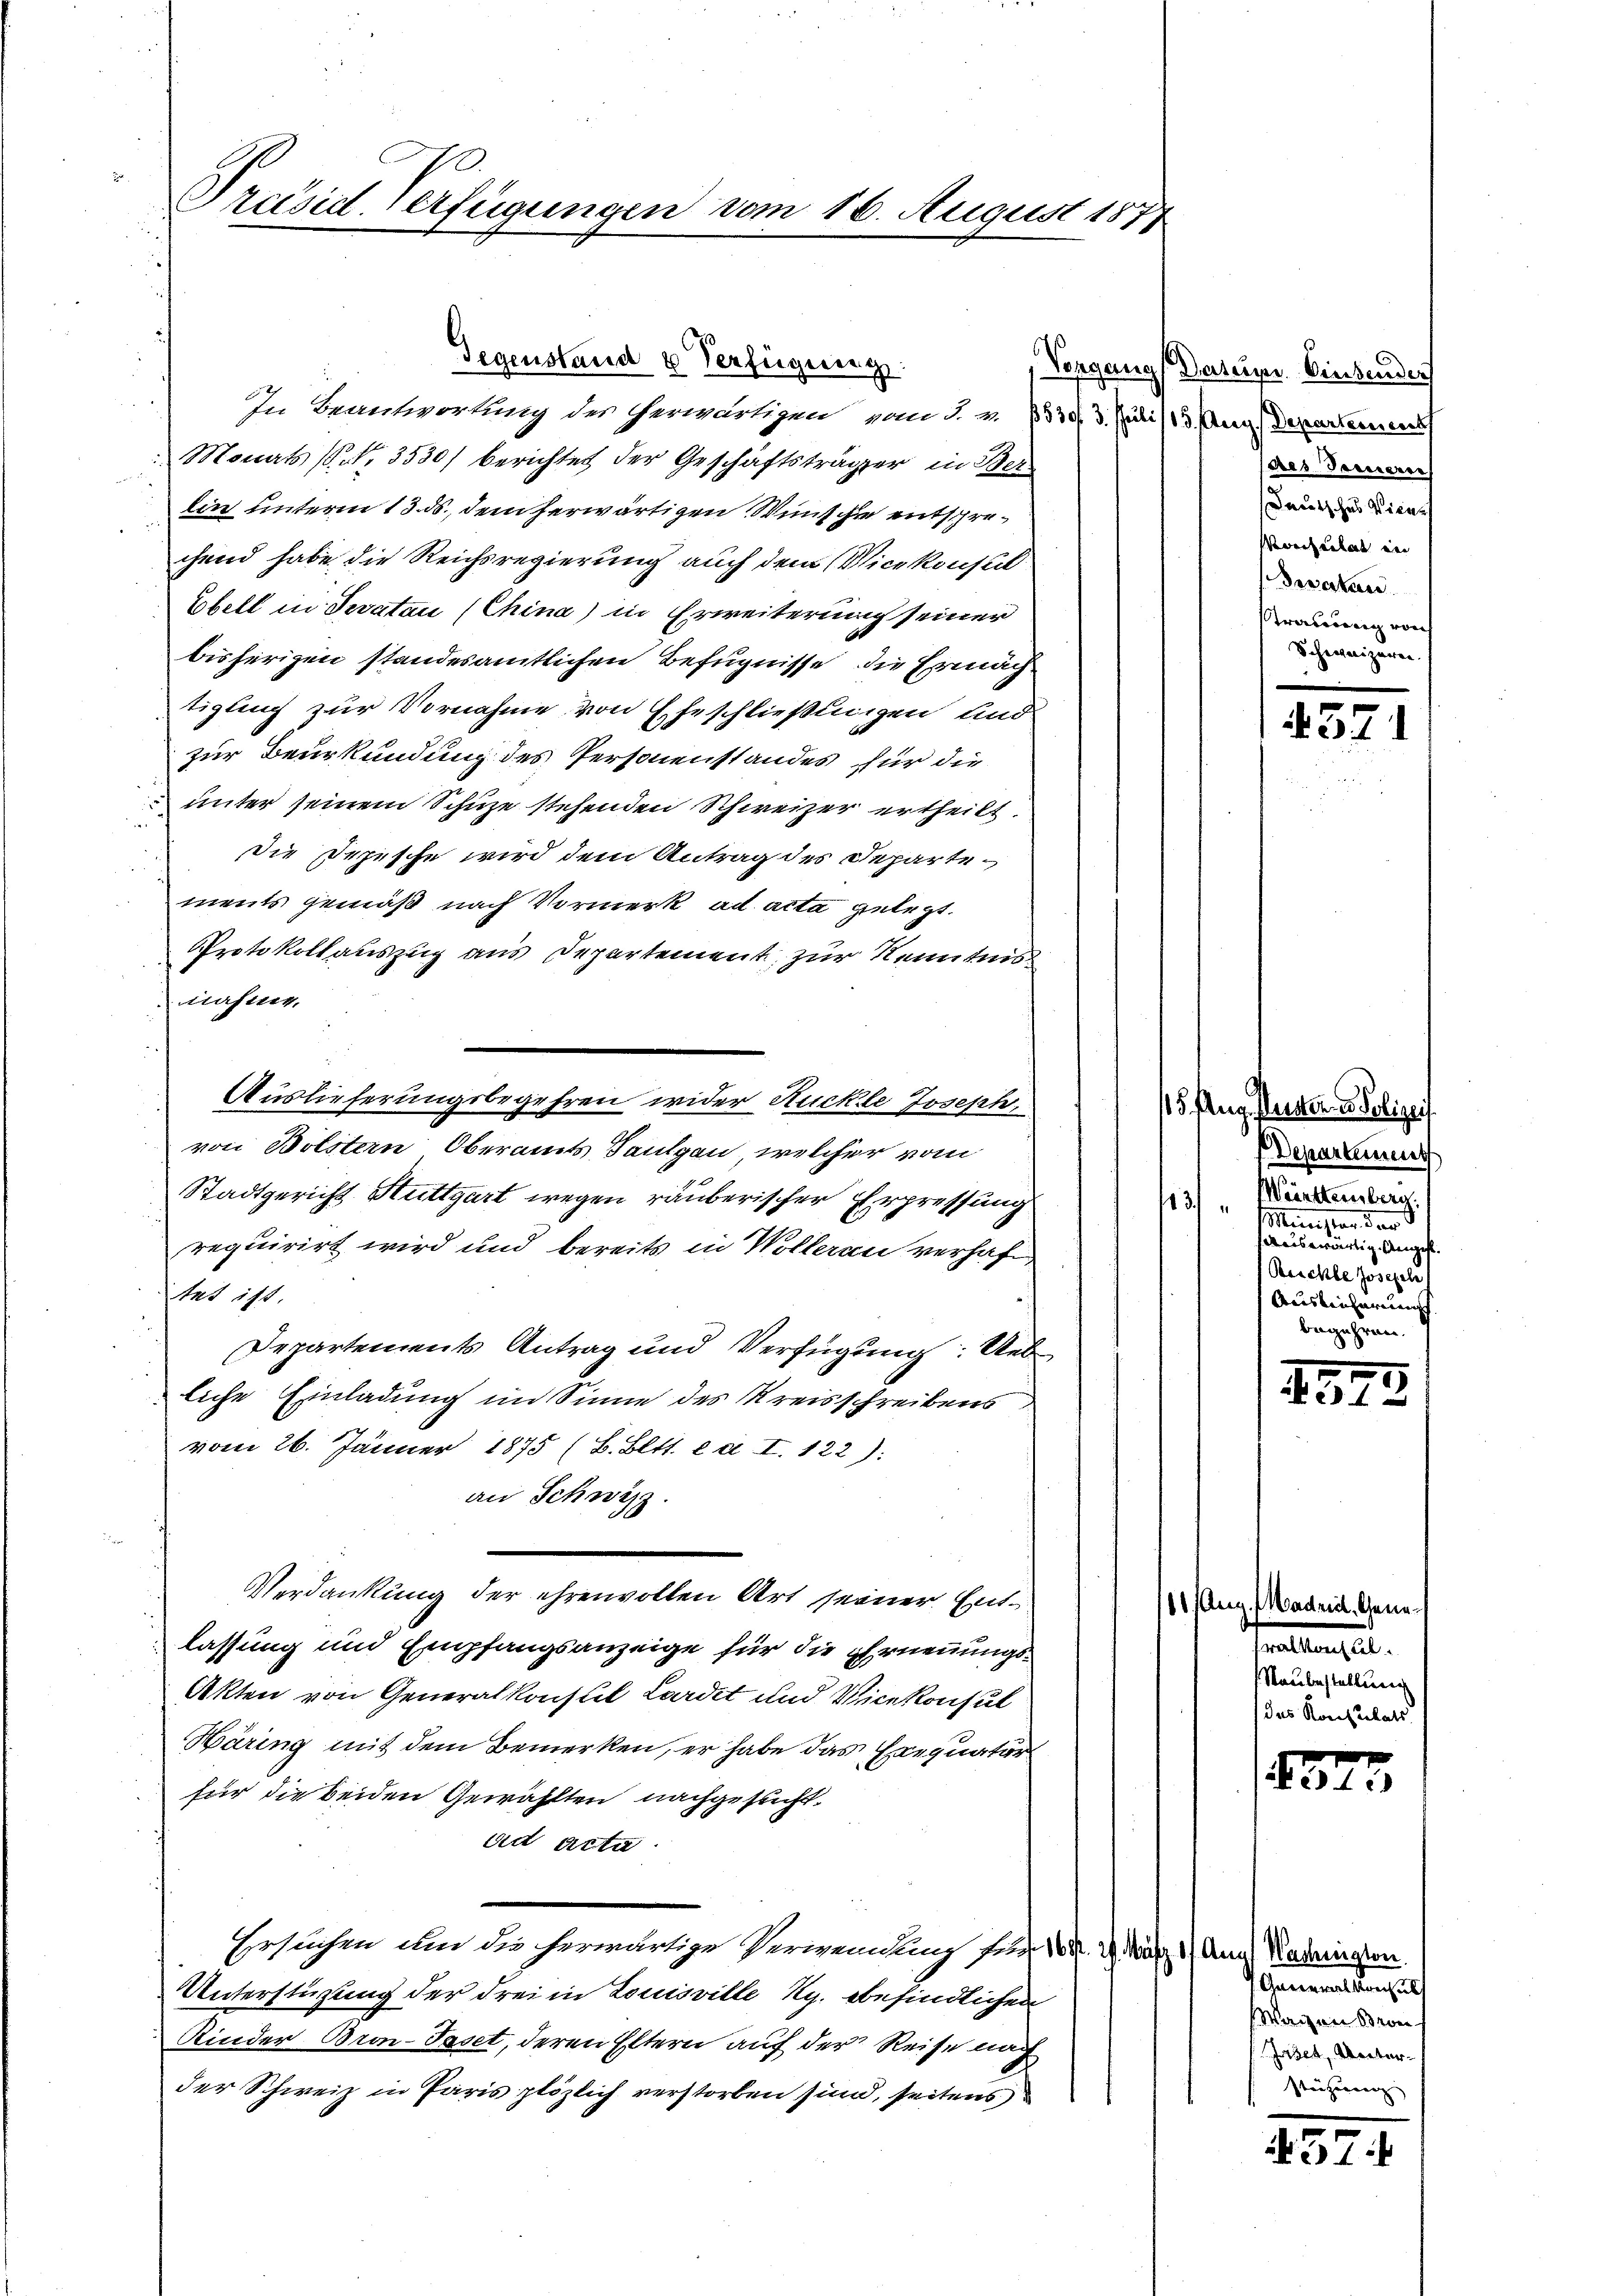
Præsid Verfügungen vom 16. August 187

Gegenstand u Verfügung
In Beantwortung der eherwärtigen von §. 2. 753. 3. Juli (13. Aug. Derarterneres
Monats (S. Nr. 3530) berichtet der Geschäftsträger in Ber
lin unterm 13. ds., dem herwärtigen Wünsche entschrechend habe die Reichsregierung auch dem Vicekonsul
Ebell in Gevatau (China) in Erweiterung seiner
bisherigen standesamtlichen Befugnisse, die Ermäch
tigung zur Vornahme von Eheschließungen und
zur Beurkundung des Personenstandes für die
unter seinem Schuze stehenden Schweizer ertheilt.
die Depesche wird dem Antrag des Departements gemäß nach Vormerk ad acta gelegt.
Protokollauszug aus Departement zur Kenntnis
nähme,
Auslieferungsbegehren wider Kuckle Joseph,
von Bölstern Oberamts Saulgau, welcher vom
Stadtgericht Stuttgart wegen räuberischer Erpressung
requirirt wird und bereits in Wollerau verhafe
tet ist.
Departements Antrag und Verfügung: Ueb
liche Einladung im Sinne des Kreisschreibens
vom 26. Jänner 1875 (B. Bett. e d I. 122):
an Schwyz.
Verdankung der ehrenvollen Art seiner Entlassung und Empfangsanzeige für die Ernennungs¬
Akten von Generalkonsul Lordet und Vicekonsul
Häring mit dem Bemerken, er habe das Exequatur
für die beiden Gewählten nachgesucht.
die Acta.
Ersuchen um die herwärtige Verwendung für 10 d. 2. März 1) Anna Maderingsten.
Unterstüzung der drei in Louisville Kg. befindlichen
Kinder Bron-Paset, deren Eltern auf der Reise nach
der Schweiz in Paris plözlich verstorben sind, seitens

Vorgang Datum. Einsenden
seres Todeseres
Deutsches Wiene
Vereiheitet und
Devertan
wahrung von
Schweizeren.

115. Aug. staunter d. Polizei
Departement
Württemberg.
e
Minister der
auswärtig Anges.
Reichte Joseph
Auslieferung
begehren.

11. Mann, Madril, Geneatlangel.
Raubestellung
das Konsulats

371

2
Ne1

1875

Generalkonsul
Waizen Bron
asen, Unter¬
Stützung |

457.